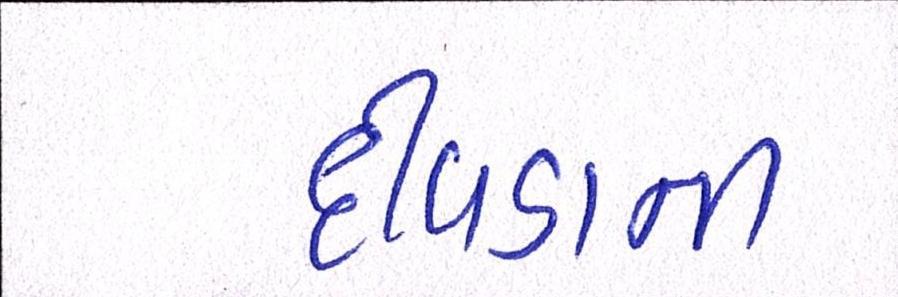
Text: દીવડાની